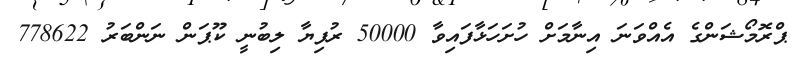
ޕްރޮމޯޝަންގެ އެއްވަނަ އިނާމަށް ހުށަހަޅާފައިވާ 50000 ރުފިޔާ ލިބުނީ ކޫޕަން ނަންބަރު 778622